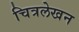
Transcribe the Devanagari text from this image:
चित्रलेखन